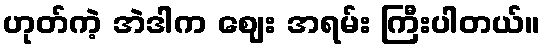
ဟုတ်ကဲ့ အဲဒါက ဈေး အရမ်း ကြီးပါတယ်။